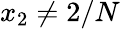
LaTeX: x_{2}\neq 2/N